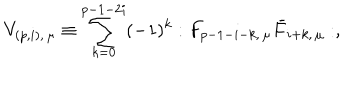
V _ { ( p , i ) , \, \mu } \equiv \sum _ { k = 0 } ^ { p - 1 - 2 i } ( - 1 ) ^ { k } : F _ { p - 1 - i - k , \, \mu } \bar { F } _ { { i + k } , \, \mu } : ,